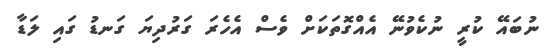
ނުބައޭ ކުރީ ނުކެވުނޭ އެއްގޮތަކަށް ވެސް އެހެރަ ގަރުދިޔަ ގަނޑު ގައި ލަޑާ